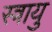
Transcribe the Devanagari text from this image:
स्त्रायु